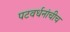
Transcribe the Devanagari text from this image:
पटवर्धनांचीच